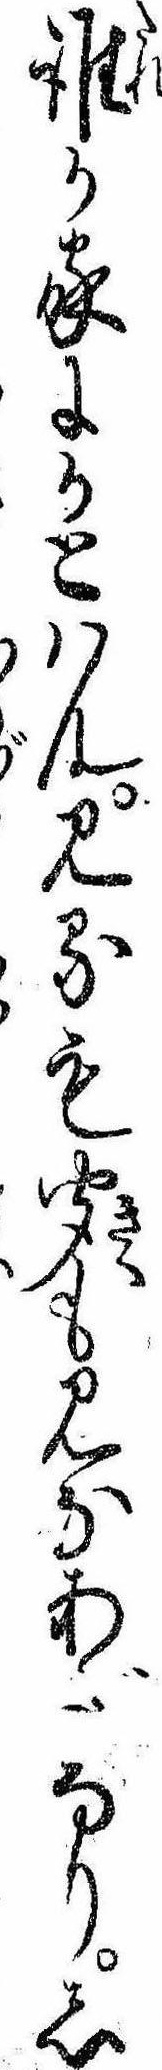
誰か家にかとハん見るも聞もみなあなりし